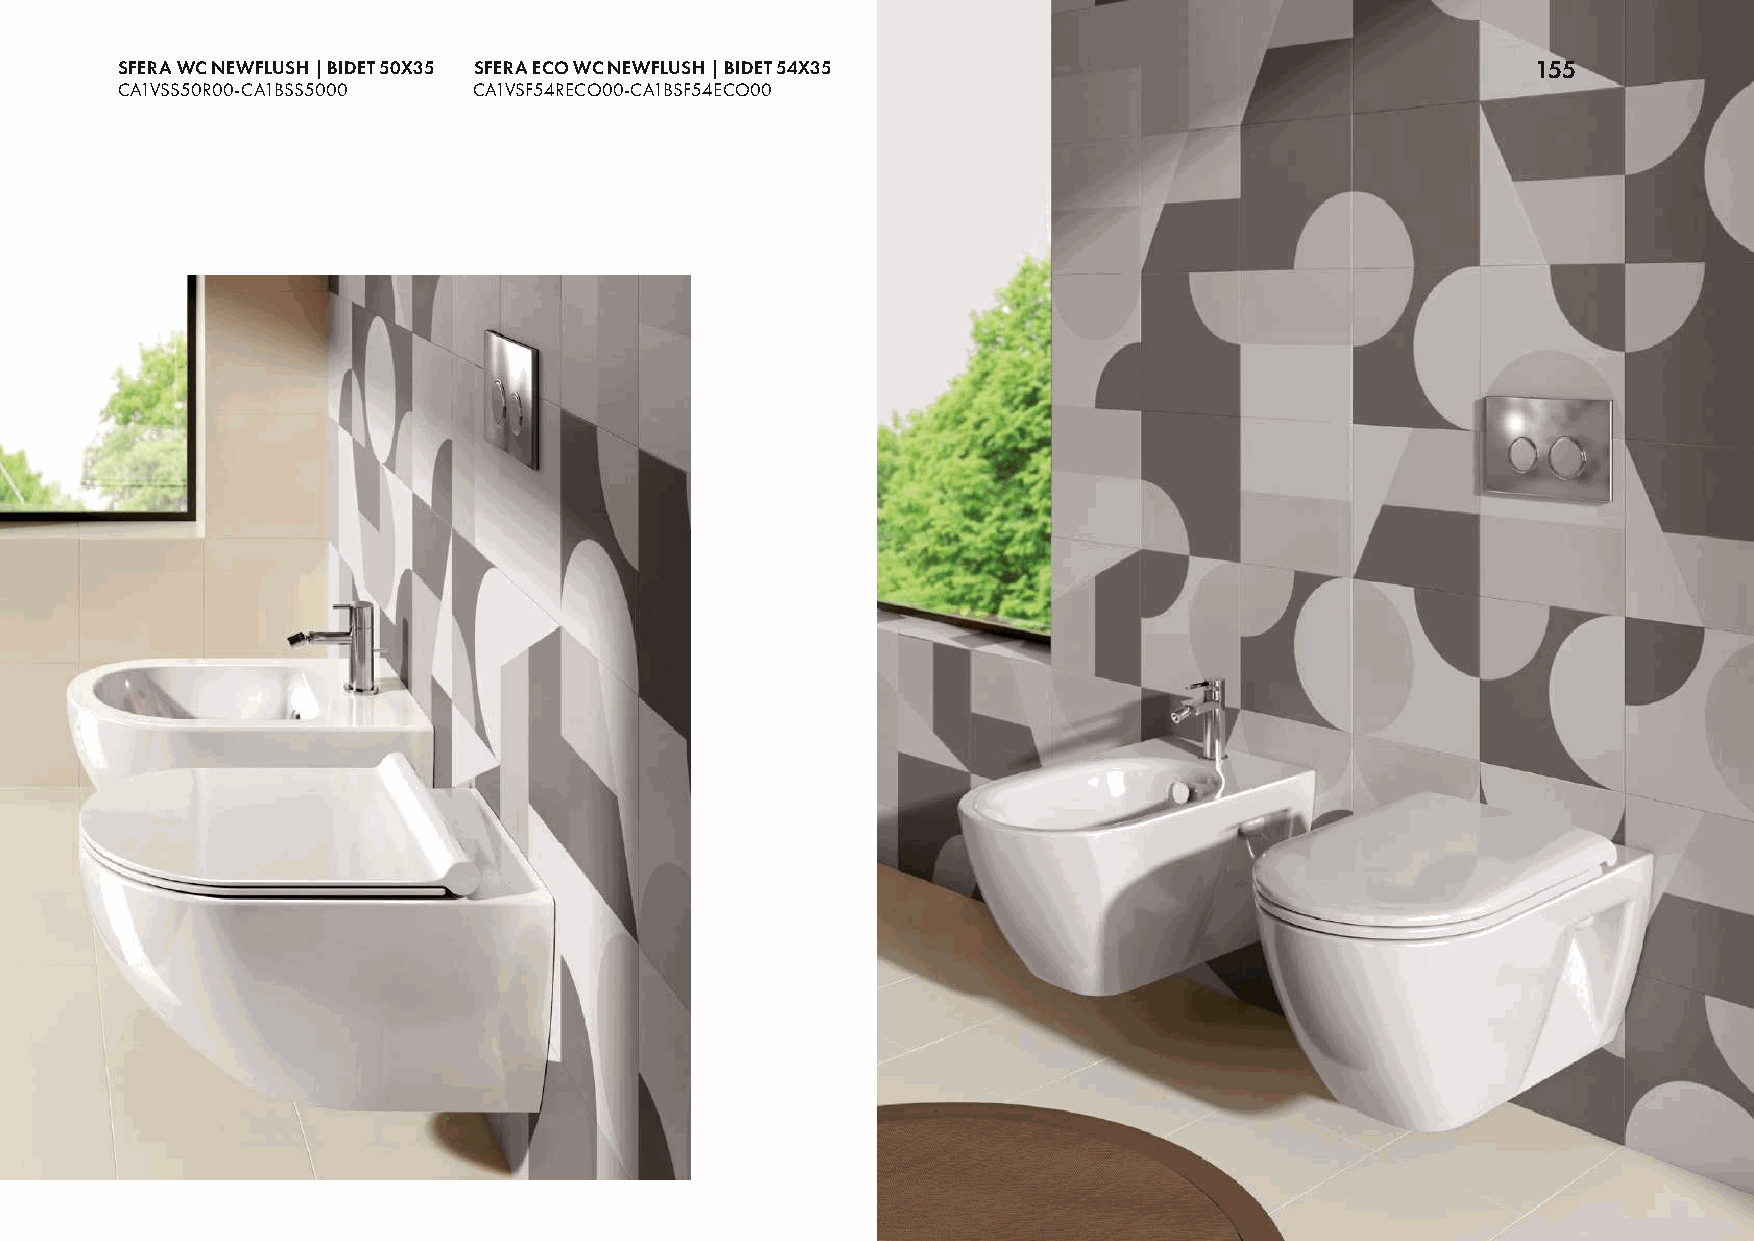
SFERA WC NEWFLUSH | BIDET 50X35 SFERA ECO WC NEWFLUSH | BIDET 54X35                           155
 CA1VSS50R00-CA1BSS5000 CA1VSF54RECO00-CA1BSF54ECO00